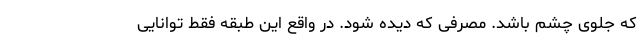
که جلوی چشم باشد. مصرفی که دیده شود. در واقع این طبقه فقط توانایی